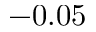
- 0 . 0 5